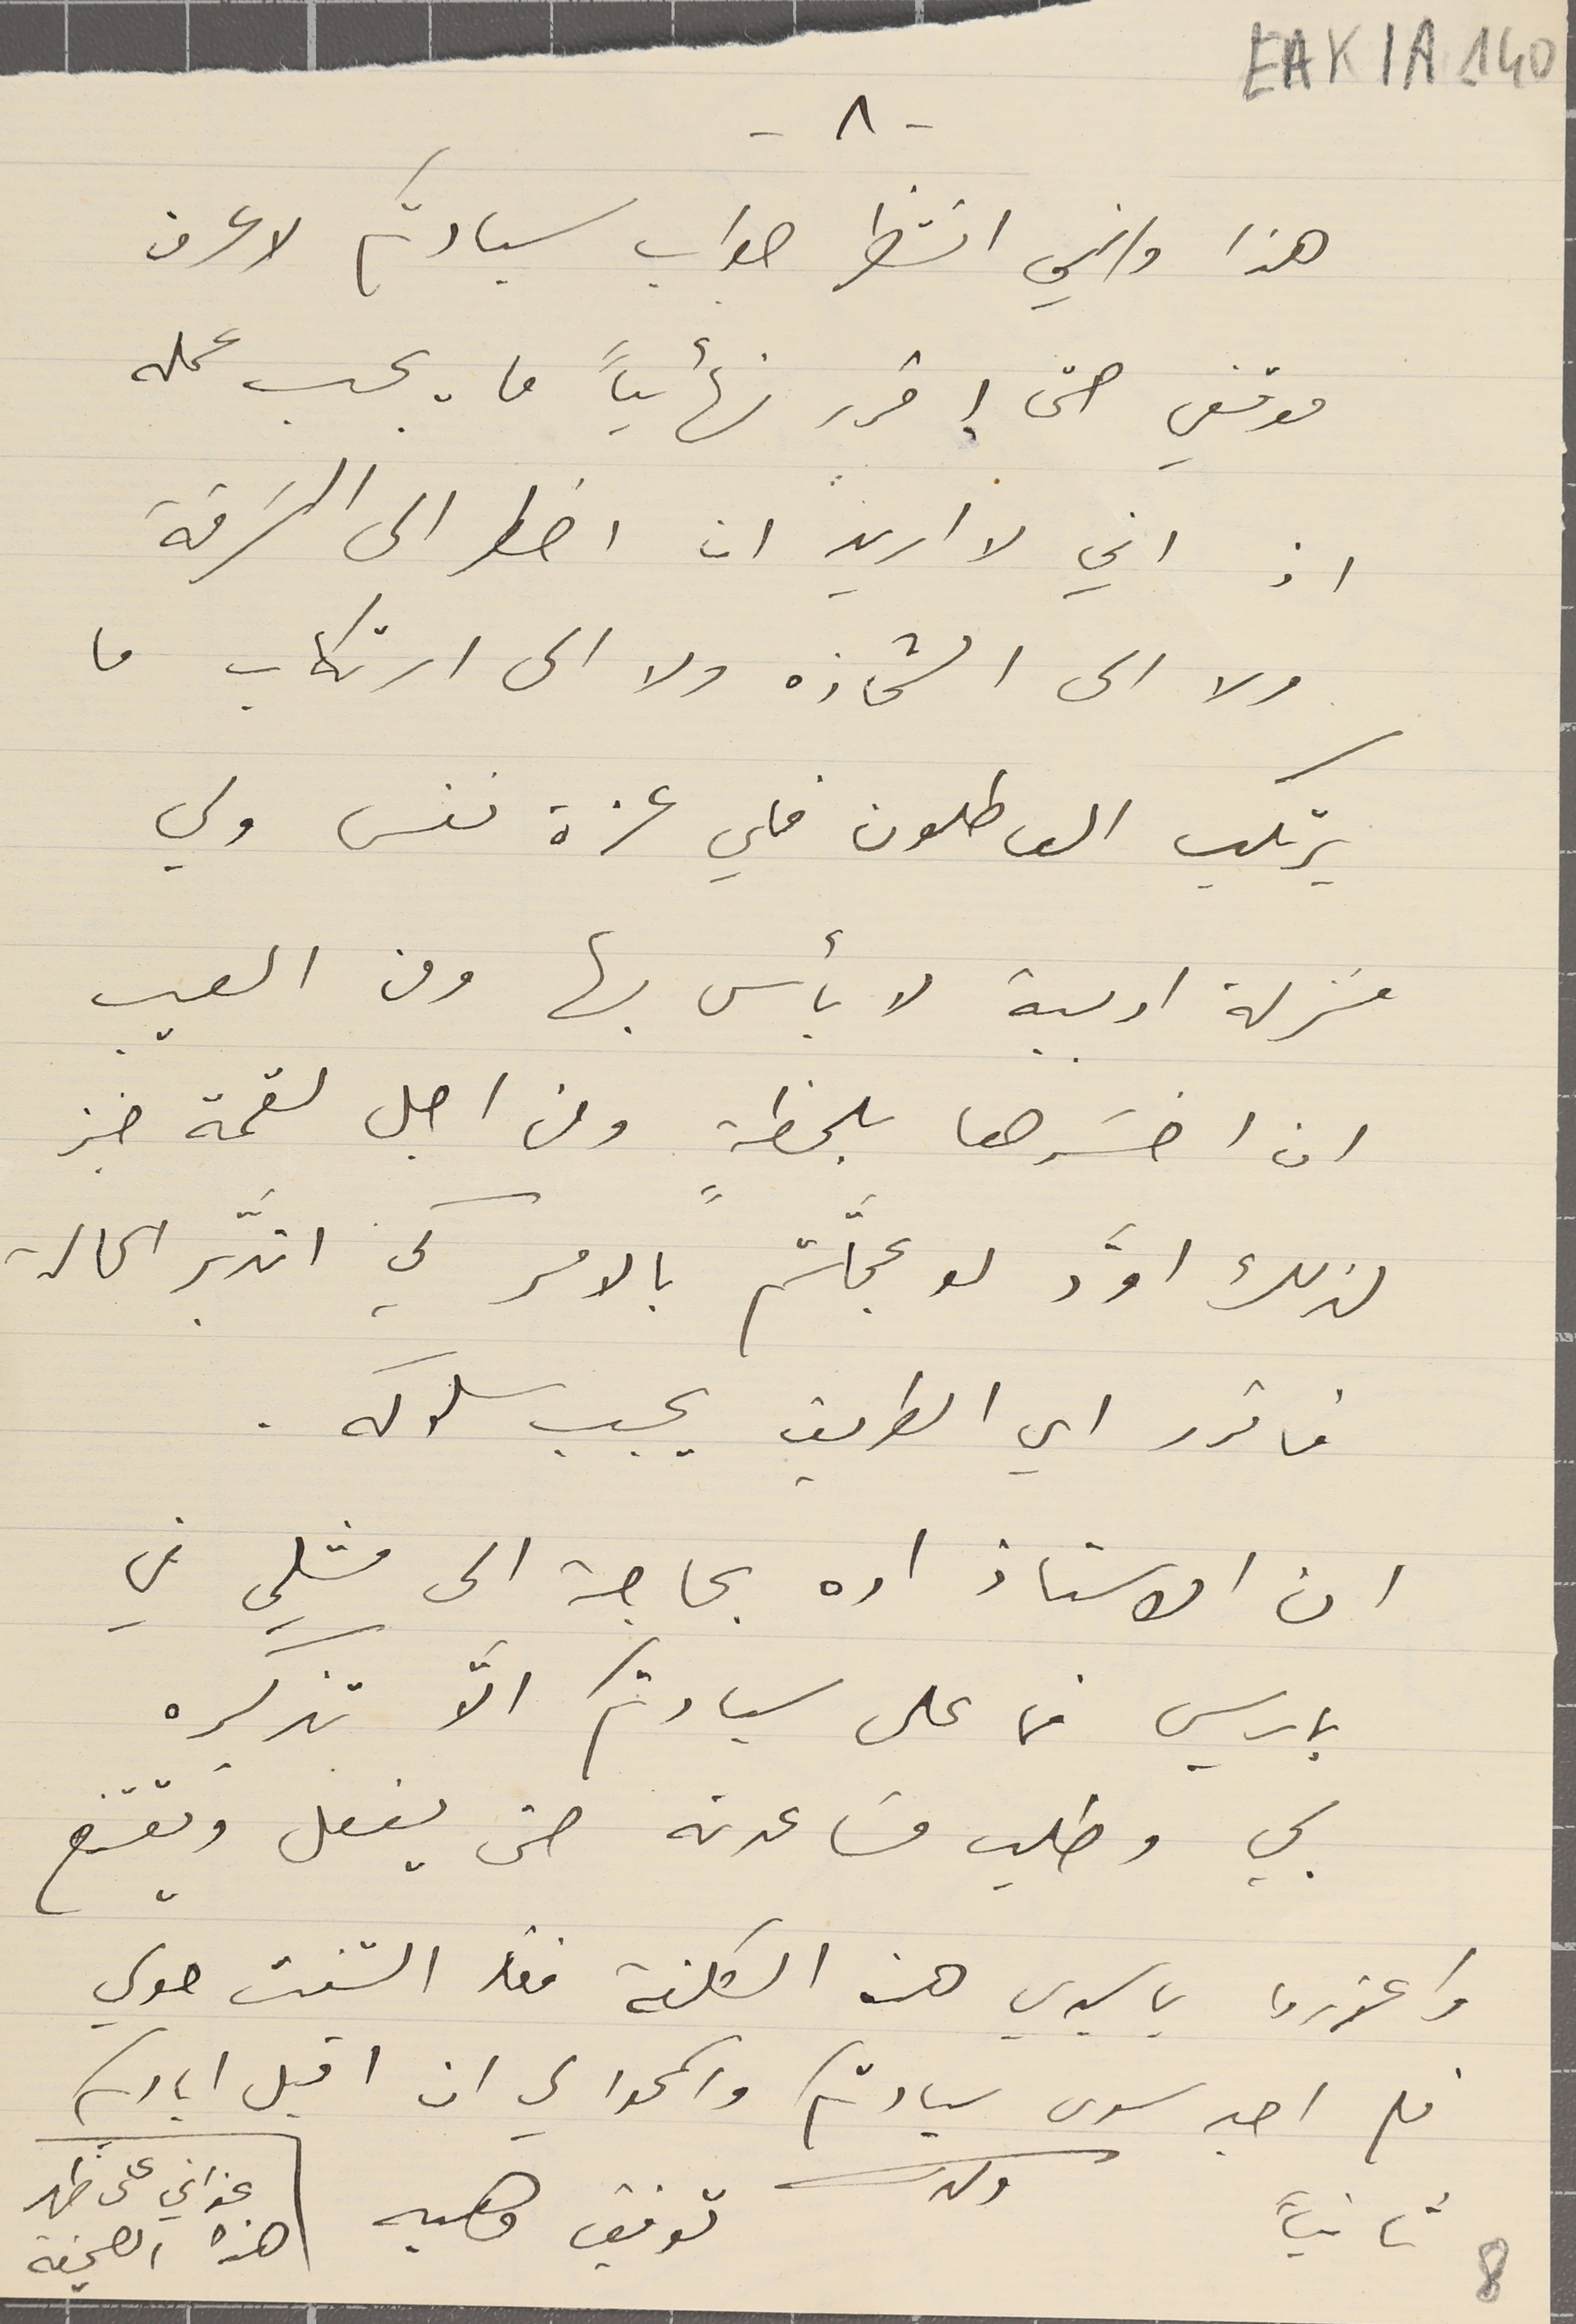
EAK1A-140
هذا واني انتظر صواب سيادتكم لاعرف
موقفي حتى إقرر نهائياً ما يجب عمله
اذ اني لا اريد ان اضطر الى السَرقة
ولا الى الشحاذه ولا الى ارتكاب ما
يرتكب العاطلون فلي عزة نفس ولي
منزلة ادبية لا بأس بها ومن العيب
ان اخسَرها بلحظةٍ ومن اجل لقمة خبز
لذلك اوّد لو عجَلّتم بالامر كي اتدَبّر الحالة
فاقرر اي الطريق يجب سلوكه.
ان الاستاذ اده بحاجة الى مثلي في
باريس فما على سيادتكم الاَّ تذكيره
بي وطلب مسَاعدته حتى يفعل ويقتنع
واعذروا ياسيدي هذه التكلفة فقد التفت حولي
فلم اجد سوى سيادتكم واسمحوا لي ان اقبل اياديكم
توفيق وهبه
 ثانياً
-٨-
8
ولدكم
عنواني على ظهر
هذه الصحيفة